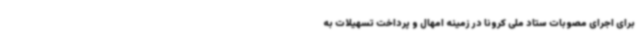
برای اجرای مصوبات ستاد ملی کرونا در زمینه امهال و پرداخت تسهیلات به